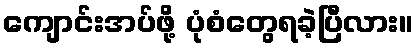
ကျောင်းအပ်ဖို့ ပုံစံတွေရခဲ့ပြီလား။